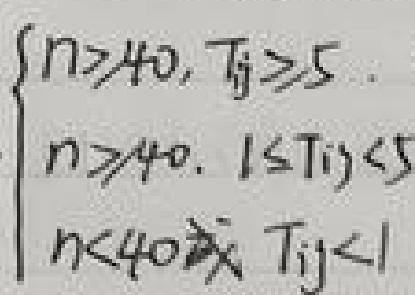
\begin{cases}
n > 40, T_{ij} \geq 5 \\
n > 40, 1 \leq T_{ij} < 5 \\
n < 40 \text{ 或 } T_{ij} < 1
\end{cases}